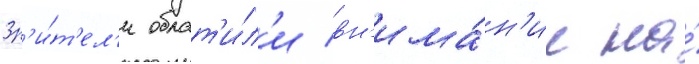
Зр'и́т'ел'и обрат'и́л'и вн'има́н'ие на́